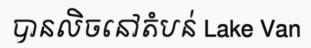
បានលិចនៅតំបន់ Lake Van